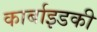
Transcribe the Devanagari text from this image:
कार्बाइडकी